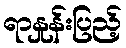
ရာနှုန်းပြည့်